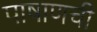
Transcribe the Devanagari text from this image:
पाषाणची